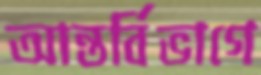
আন্তর্বিভাগে